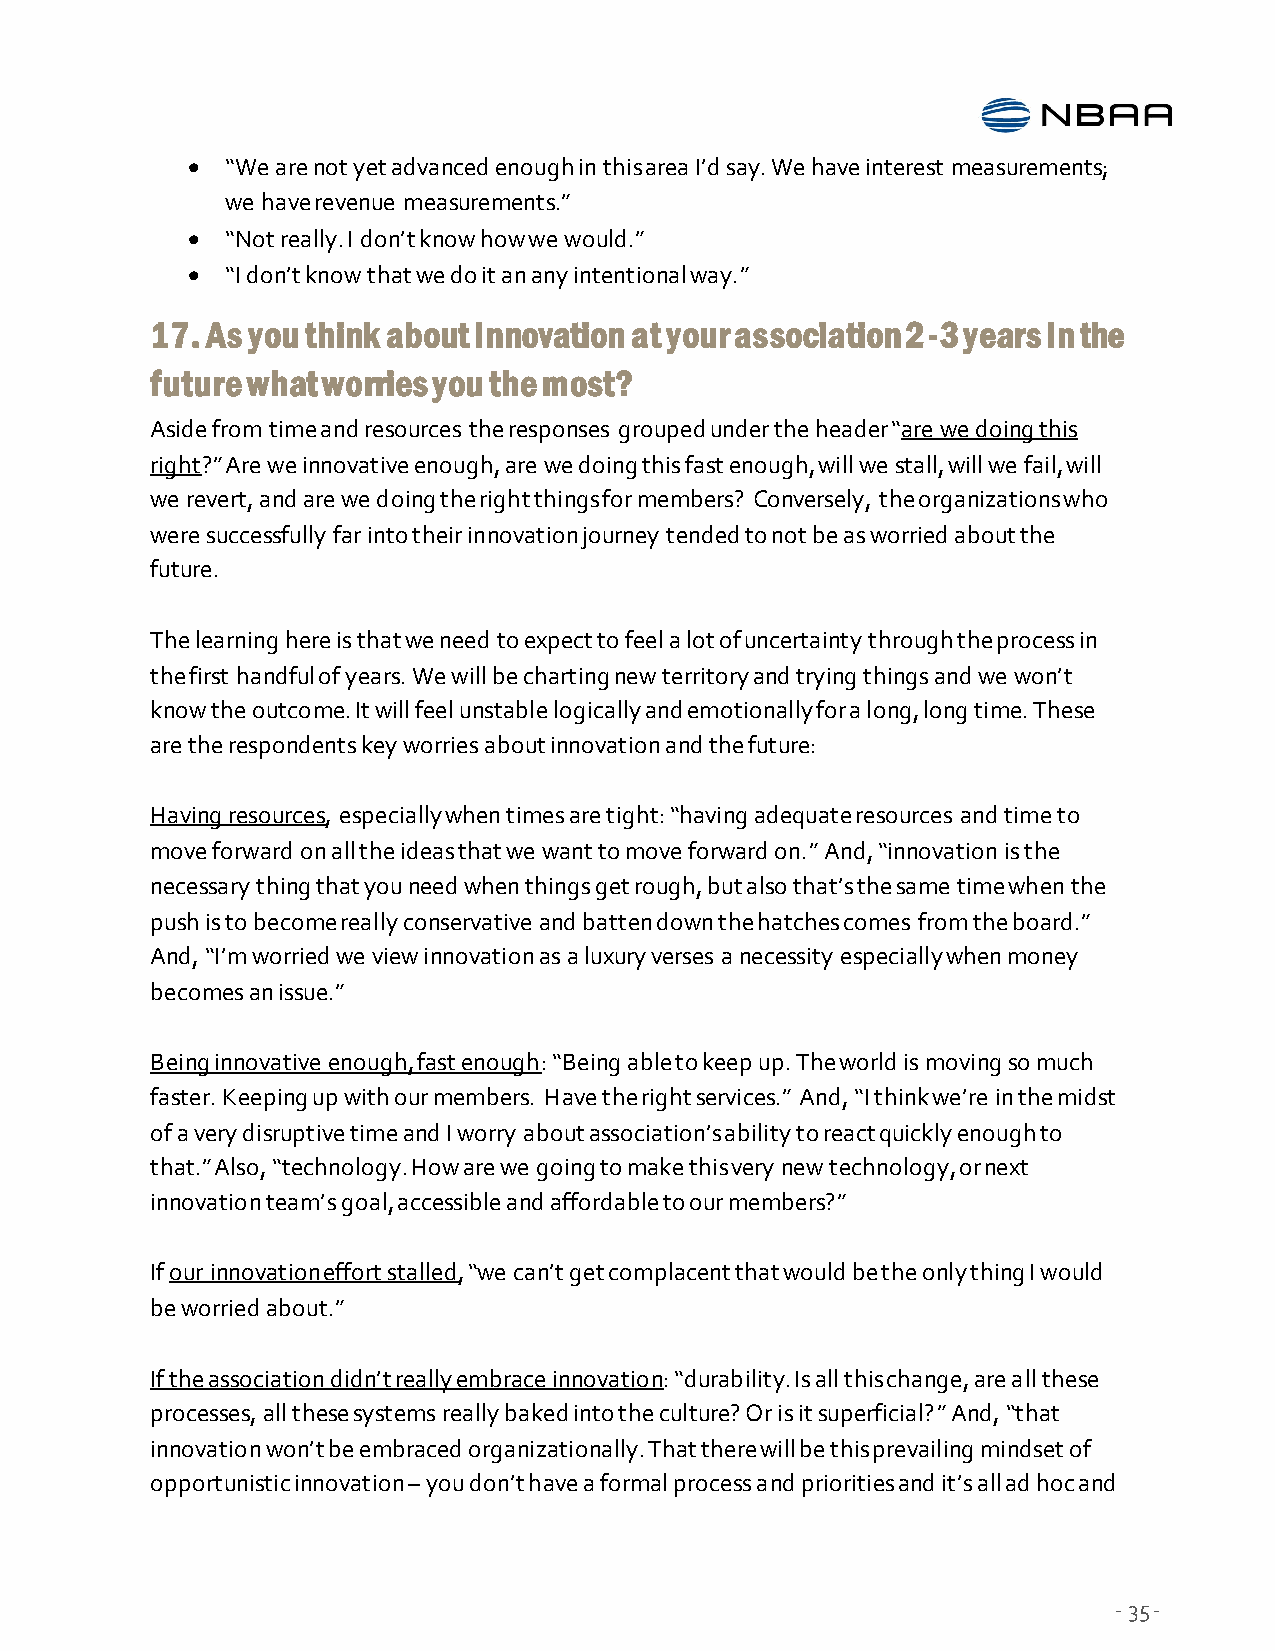
  “We are not yet advanced enough in this area I’d say. We have interest measurements;
 we have revenue measurements.”
   “Not really. I don’t know how we would.”
   “I don’t know that we do it an any intentional way.”
 17. As you think about innovation at your association 2-3 years in the
 future what worries you the most?
 Aside from time and resources the responses grouped under the header “are we doing this
 right?” Are we innovative enough, are we doing this fast enough, will we stall, will we fail, will
 we revert, and are we doing the right things for members? Conversely, the organizations who
 were successfully far into their innovation journey tended to not be as worried about the
 future.
 The learning here is that we need to expect to feel a lot of uncertainty through the process in
 the first handful of years. We will be charting new territory and trying things and we won’t
 know the outcome. It will feel unstable logically and emotionally for a long, long time. These
 are the respondents key worries about innovation and the future:
 Having resources, especially when times are tight: “having adequate resources and time to
 move forward on all the ideas that we want to move forward on.” And, “innovation is the
 necessary thing that you need when things get rough, but also that’s the same time when the
 push is to become really conservative and batten down the hatches comes from the board.”
 And, “I’m worried we view innovation as a luxury verses a necessity especially when money
 becomes an issue.”
 Being innovative enough, fast enough: “Being able to keep up. The world is moving so much
 faster. Keeping up with our members. Have the right services.” And, “I think we’re in the midst
 of a very disruptive time and I worry about association’s ability to react quickly enough to
 that.” Also, “technology. How are we going to make this very new technology, or next
 innovation team’s goal, accessible and affordable to our members?”
 If our innovation effort stalled, “we can’t get complacent that would be the only thing I would
 be worried about.”
 If the association didn’t really embrace innovation: “durability. Is all this change, are all these
 processes, all these systems really baked into the culture? Or is it superficial?” And, “that
 innovation won’t be embraced organizationally. That there will be this prevailing mindset of
 opportunistic innovation – you don’t have a formal process and priorities and it’s all ad hoc and
 - 35 -